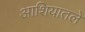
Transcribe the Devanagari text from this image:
आशियातले